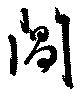
閶